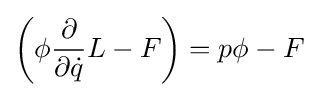
\left(\phi {\frac {\partial }{\partial {\dot {q}}}}L-F\right)=p\phi -F